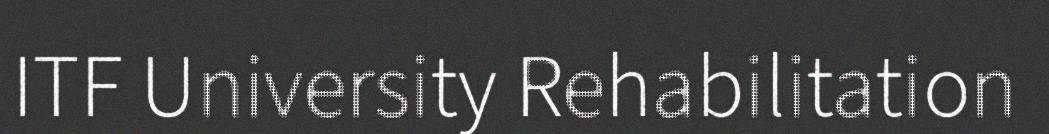
ITF University Rehabilitation